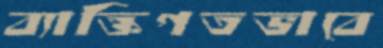
ব্যাক্তিগতভাবে